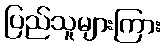
ပြည်သူများကြား